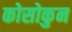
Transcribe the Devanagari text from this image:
कोसोकुन